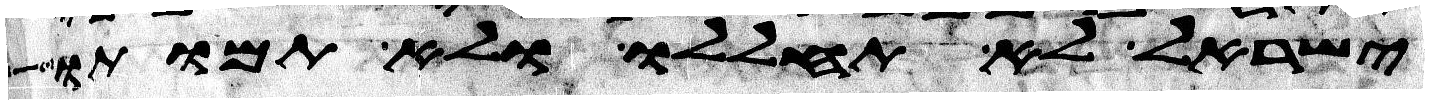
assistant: ישראל לא תחללו ולא תמותו